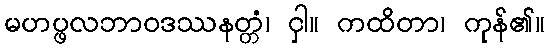
မဟပ္ဖလဘာဝဒဿနတ္တံ၊ ငှါ။ ကထိတာ၊ ကုန်၏။